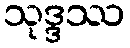
သုဒ္ဒဿ